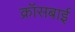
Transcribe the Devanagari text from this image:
क्रॉसबाई